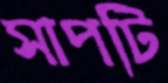
সাপটি